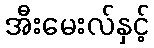
အီးမေးလ်နှင့်